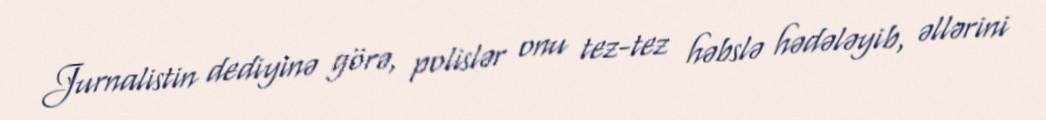
Jurnalistin dediyinə görə, polislər onu tez-tez həbslə hədələyib, əllərini